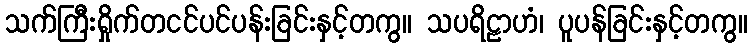
သက်ကြီးရှိုက်တငင်ပင်ပန်းခြင်းနှင့်တကွ။ သပရိဠာဟံ၊ ပူပန်ခြင်းနှင့်တကွ။